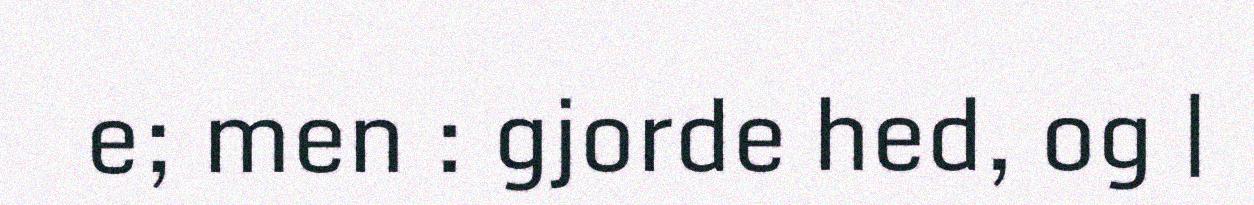
e; men : gjorde hed, og |